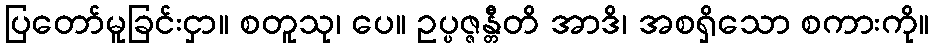
ပြတော်မူခြင်းငှာ။ စတူသု၊ ပေ။ ဥပ္ပဇ္ဇန္တီတိ အာဒိ၊ အစရှိသော စကားကို။